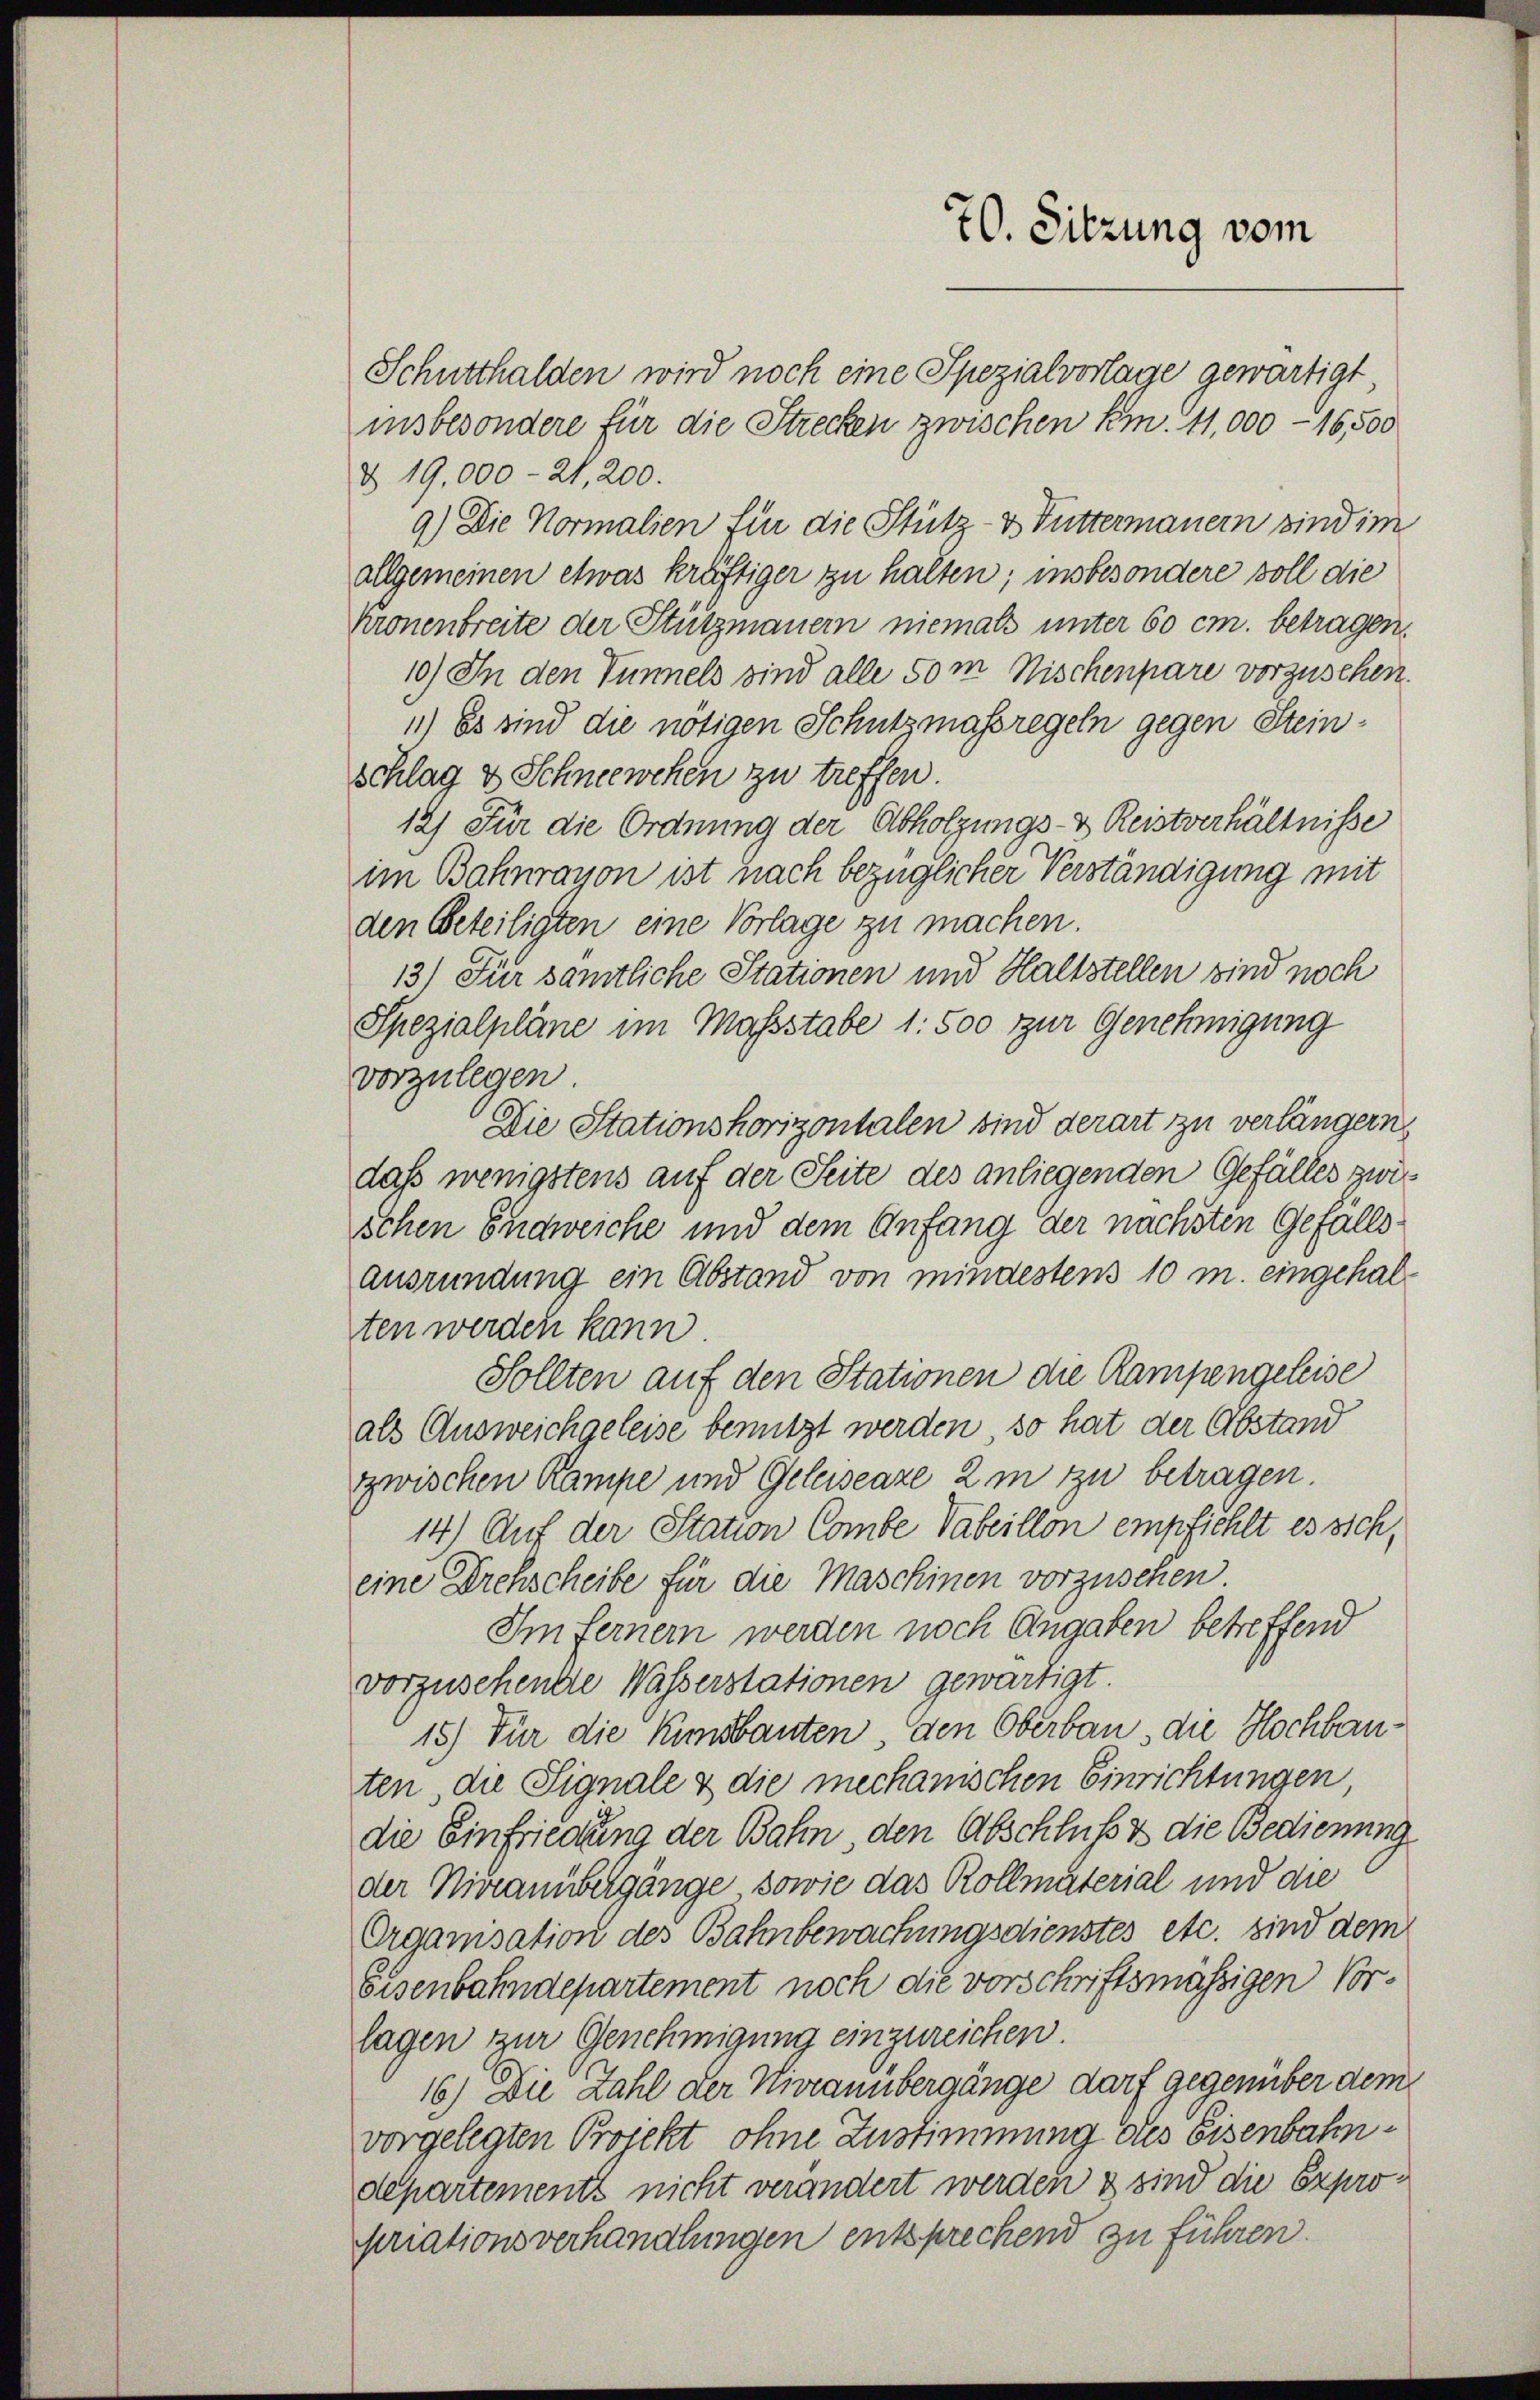
70. Sitzung vom

Schutthalden wird noch eine Spezialvorlage gewärtigt,
insbesondere für die Strecken zwischen km. 41,000 - 16,500
§ 19,000 -21,200.
9) Die Normalien für die Stütz- & Futtermannern sind im
allgemeinen etwas kräftiger zu halten; insbesondere soll die
kronenbreite der Stützmauern niemals unter 60 cm. betragen,
10) In den Tunnels sind alle 50 m Nischenpare vorzusehen.
1) Es sind die nötigen Schutzmassregeln gegen Steinschlag & Schneewehen zu treffen.
12) Für die Ordnung der Abholzungs- & Reistverhältnisse
im Bahnrauon ist nach bezüglicher Verständigung mit
den Beteiligten eine Vorlage zu machen.
13) Für sämtliche Stationen und Haltstellen sind noch
Spezialpläne im Massstabe 1. 500 zur Genehmigung
vorzulegen.
Die Stationshorizontalen sind derart zu verlängern,
daß wenigstens auf der Seite des anliegenden Gefälles zwischen Endweiche und dem Anfang der nächsten Gefallsansründung ein Abstand von mindestens 10 m. eingehalten werden kann
Sollten auf den Stationen die Rampengeleise
als Ausweichgeleise benutzt werden, so hat der Abstand
zwischen Rampe und Geleiseaze 2 m zu betragen.
14) Auf der Station Combe Vabeillon empfiehlt es sich,
eine Drehscheibe für die Maschinen vorzusehen
Im fernem werden noch Angaben betreffend
vorzusehende Wasserstationen gewärtigt.
15) Für die Kumsbauten, den Oberbau, die Hochbauten, die Signale & die mechanischen Einrichtungen,
die Einfriedlung der Bahn den Abschluß & die Bedienung
der Niveanübergänge, sowie das Rollmaterial und die
Organisation des Bahnbewachungsdienstes etc. sind dem
Eisenbahndepartement noch die vorschriftsmässigen Vorlagen zur Genehmigung einzureichen.
16) Die Zahl der Hierannbergänge darf gegenüber dem
vorgelegten Projekt ohne Zustimmung des Eisenbahndepartements nicht verändert werden & sind die Expropriationsverhandlungen entsprechend zu führen.